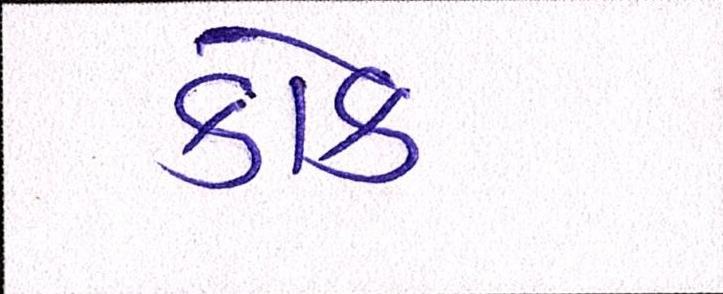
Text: કોક